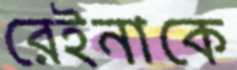
রেইনাকে